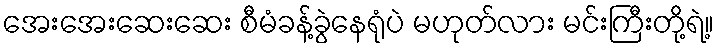
အေးအေးဆေးဆေး စီမံခန့်ခွဲနေရုံပဲ မဟုတ်လား မင်းကြီးတို့ရဲ့။